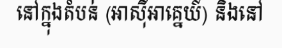
នៅក្នុងតំបន់ (អាស៊ីអាគ្នេយ៍) និងនៅ